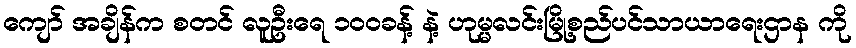
ကျော် အချိန်က စတင် လူဦးရေ ၁၀၀ခန့် နဲ့ ဟုမ္မလင်းမြို့စည်ပင်သာယာရေးဌာန ကို